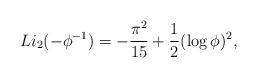
LaTeX: \begin{align*} Li_2(-\phi^{-1}) = - \frac{\pi^2}{15} + \frac{1}{2} (\log \phi)^2, \end{align*}